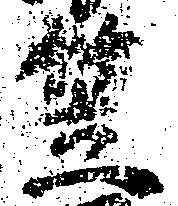
笠